Document type: Emphyteutic lease
Year: 1295
Scribe: Pere de Noguera, prevere
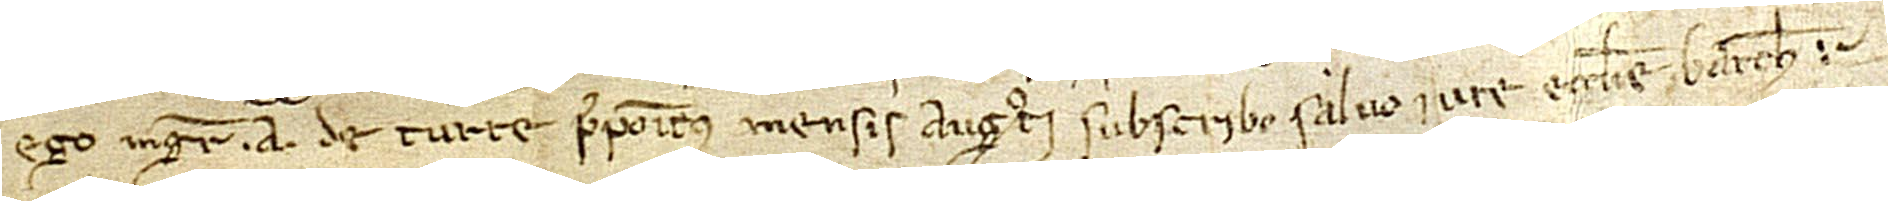
Ego magister A. de Turre, prepositus mensis augusti, subscribo salvo iure ecclesie Barchinone.